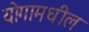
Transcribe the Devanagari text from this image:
योगामधील